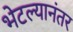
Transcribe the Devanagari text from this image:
भेटल्यानंतर